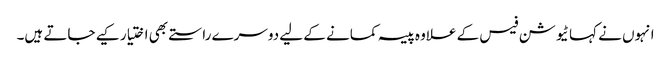
انہوں نے کہا ٹیوشن فیس کے علاوہ پیسہ کمانے کے لیے دوسرے راستے بھی اختیار کیے جاتے ہیں۔